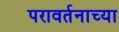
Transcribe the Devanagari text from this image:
परावर्तनाच्या